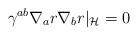
LaTeX: \begin{align*}\gamma^{ab}\nabla_ar\nabla_br|_{\cal H}=0\end{align*}